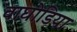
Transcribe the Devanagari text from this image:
वाघोडिया